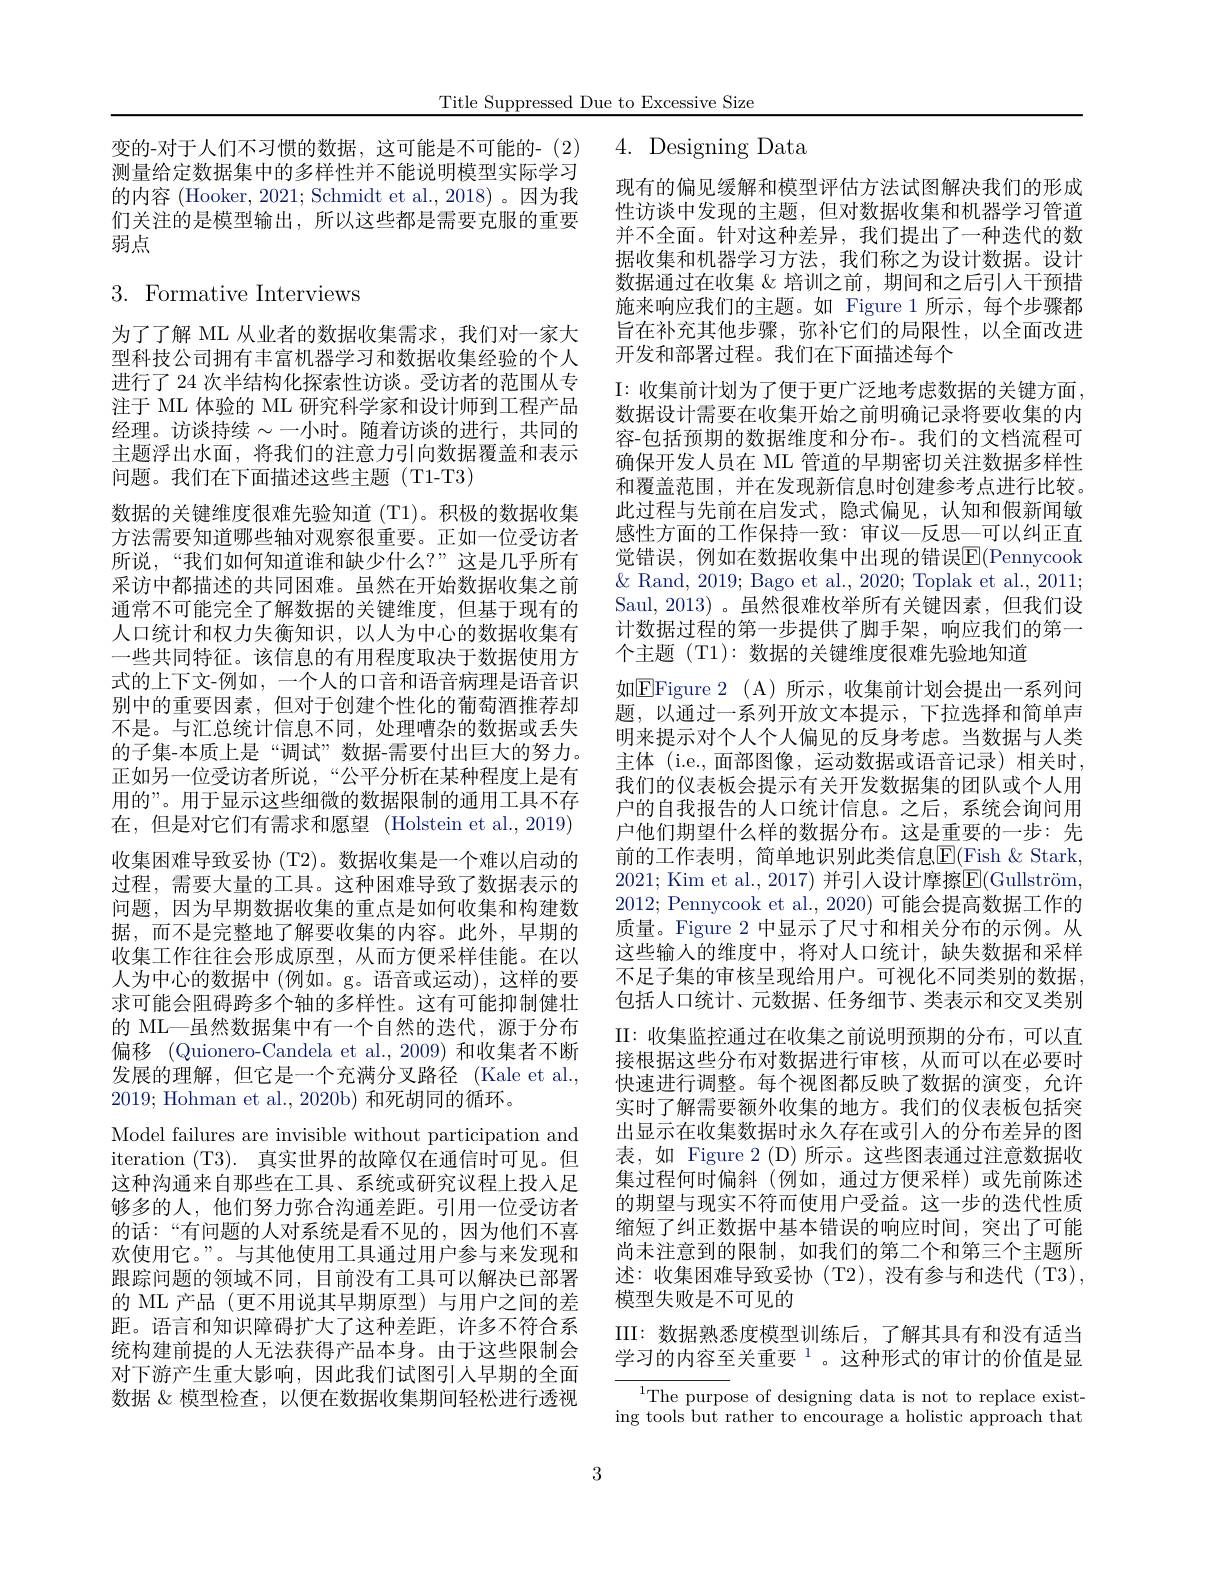
# 3. Formative Interviews

为了了解 ML 从业者的数据收集需求，我们对一家大型科技公司拥有丰富机器学习和数据收集经验的个人进行了 24 次半结构化探索性访谈。受访者的范围从专注于 ML 体验的 ML 研究科学家和设计师到工程产品经理。访谈持续$\sim$一小时。随着访谈的进行，共同的主题浮出水面，将我们的注意力引向数据覆盖和表示问题。我们在下面描述这些主题(T1-T3)
数据的关键维度很难先验知道 (T1)。积极的数据收集方法需要知道哪些轴对观察很重要。正如一位受访者所说，“我们如何知道谁和缺少什么？”这是几乎所有采访中都描述的共同困难。虽然在开始数据收集之前通常不可能完全了解数据的关键维度，但基于现有的人口统计和权力失衡知识，以人为中心的数据收集有一些共同特征。该信息的有用程度取决于数据使用方式的上下文-例如，一个人的口音和语音病理是语音识别中的重要因素，但对于创建个性化的葡萄酒推荐却不是。与汇总统计信息不同，处理嘈杂的数据或丢失的子集-本质上是“调试”数据-需要付出巨大的努力。正如另一位受访者所说，“公平分析在某种程度上是有用的”。用于显示这些细微的数据限制的通用工具不存在，但是对它们有需求和愿望(Holstein et al.,2019) 收集困难导致妥协 (T2)。数据收集是一个难以启动的过程，需要大量的工具。这种困难导致了数据表示的问题，因为早期数据收集的重点是如何收集和构建数据，而不是完整地了解要收集的内容。此外，早期的收集工作往往会形成原型，从而方便采样佳能。在以人为中心的数据中(例如。g。语音或运动),这样的要求可能会阻碍跨多个轴的多样性。这有可能抑制健壮的 ML—虽然数据集中有一个自然的迭代，源于分布偏移 (Quionero-Candela et al.,2009)和收集者不断发展的理解，但它是一个充满分叉路径(Kale et al., 2019; Hohman et al., 2020b) 和死胡同的循环。
Model failures are invisible without participation and iteration (T3). 真实世界的故障仅在通信时可见。但这种沟通来自那些在工具、系统或研究议程上投入足够多的人，他们努力弥合沟通差距。引用一位受访者的话：“有问题的人对系统是看不见的，因为他们不喜欢使用它。”。与其他使用工具通过用户参与来发现和跟踪问题的领域不同，目前没有工具可以解决已部署的 ML 产品 (更不用说其早期原型)与用户之间的差距。语言和知识障碍扩大了这种差距，许多不符合系统构建前提的人无法获得产品本身。由于这些限制会对下游产生重大影响，因此我们试图引人早期的全面数据 &模型检查，以便在数据收集期间轻松进行透视

Title Suppressed Due to Excessive Size

4. Designing Data

变的-对于人们不习惯的数据，这可能是不可能的-(2) 测量给定数据集中的多样性并不能说明模型实际学习的内容 (Hooker, 2021; Schmidt et al., 2018)。因为我们关注的是模型输出，所以这些都是需要克服的重要弱点

现有的偏见缓解和模型评估方法试图解决我们的形成性访谈中发现的主题，但对数据收集和机器学习管道并不全面。针对这种差异，我们提出了一种迭代的数据收集和机器学习方法，我们称之为设计数据。设计数据通过在收集 & 培训之前，期间和之后引人干预措施来响应我们的主题。如 Figure 1 所示，每个步骤都旨在补充其他步骤，弥补它们的局限性，以全面改进开发和部署过程。我们在下面描述每个
I: 收集前计划为了便于更广泛地考虑数据的关键方面， 数据设计需要在收集开始之前明确记录将要收集的内容-包括预期的数据维度和分布-。我们的文档流程可确保开发人员在 ML 管道的早期密切关注数据多样性和覆盖范围，并在发现新信息时创建参考点进行比较。此过程与先前在启发式，隐式偏见，认知和假新闻敏感性方面的工作保持一致：审议一反思一可以纠正直觉错误，例如在数据收集中出现的错误E(Pennycook $\&$ Rand, 2019; Bago et al., 2020; Toplak et al., 2011; Saul,2013)。虽然很难枚举所有关键因素，但我们设计数据过程的第一步提供了脚手架，响应我们的第一个主题(T1): 数据的关键维度很难先验地知道
如$\boxed{\mathrm{EFigure~2~(A)~所示，~收集前计划会提出一系列间}}$ 题，以通过一系列开放文本提示，下拉选择和简单声明来提示对个人个人偏见的反身考虑。当数据与人类主体 (i.e.,面部图像，运动数据或语音记录)相关时， 我们的仪表板会提示有关开发数据集的团队或个人用户的自我报告的人口统计信息。之后，系统会询问用户他们期望什么样的数据分布。这是重要的一步：先前的工作表明，简单地识别此类信息$\operatorname{E}($Fish $\&$ Stark, 2021; Kim et al., 2017) 并引人设计摩擦$\overline\mathrm{E}($Gullström, 2012; Pennycook et al., 2020) 可能会提高数据工作的质量。Figure 2 中显示了尺寸和相关分布的示例。从这些输人的维度中，将对人口统计，缺失数据和采样不足子集的审核呈现给用户。可视化不同类别的数据， 包括人口统计、元数据、任务细节、类表示和交叉类别II:收集监控通过在收集之前说明预期的分布，可以直接根据这些分布对数据进行审核，从而可以在必要时快速进行调整。每个视图都反映了数据的演变，允许实时了解需要额外收集的地方。我们的仪表板包括突出显示在收集数据时永久存在或引入的分布差异的图表，如 Figure 2 (D) 所示。这些图表通过注意数据收集过程何时偏斜 (例如，通过方便采样)或先前陈述的期望与现实不符而使用户受益。这一步的迭代性质缩短了纠正数据中基本错误的响应时间，突出了可能尚未注意到的限制，如我们的第二个和第三个主题所述：收集困难导致妥协(T2),没有参与和迭代(T3), 模型失败是不可见的
III: 数据熟悉度模型训练后，了解其具有和没有适当学习的内容至关重要$^{1}$。这种形式的审计的价值是显

$^{1}$The purpose of designing data is not to replace existing tools but rather to encourage a holistic approach that

3